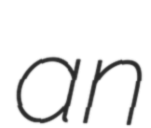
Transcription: an